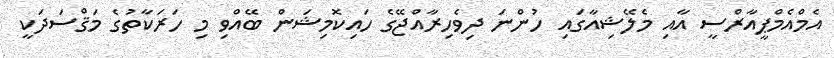
އެމްއެމްޕީއާރްސީ އާއި މެލޭޝިއާގައި ހުންނަ ދިވެހިރާއްޖޭގެ ހައިކޮމިޝަން ބޭއްވި މި ހަރަކާތުގެ މަޤްސަދަކީ